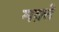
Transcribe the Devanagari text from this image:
मक़्ते